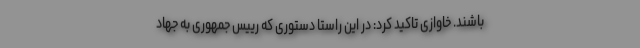
باشند. خاوازی تاکید کرد: در این راستا دستوری که رییس جمهوری به جهاد